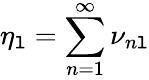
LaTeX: {\eta_{\mathtt{l}}=\sum_{n=1}^{\infty}\nu_{n\mathtt{l}}}